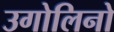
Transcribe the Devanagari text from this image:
उगोलिनो